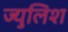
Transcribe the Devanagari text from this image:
ज्युलिश